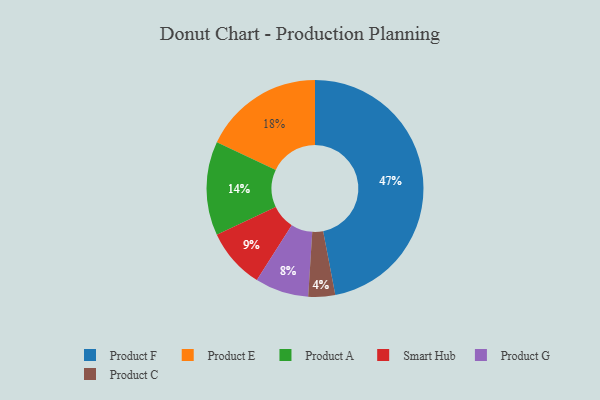
{"axis": {"x": "Category", "y": "Percentage"}, "legend": ["Product A", "Product C", "Product E", "Product F", "Product G", "Smart Hub"], "data": [{"x": "Product F", "y": 47, "type": "Product F"}, {"x": "Product C", "y": 4, "type": "Product C"}, {"x": "Product E", "y": 18, "type": "Product E"}, {"x": "Product A", "y": 14, "type": "Product A"}, {"x": "Product G", "y": 8, "type": "Product G"}, {"x": "Smart Hub", "y": 9, "type": "Smart Hub"}]}